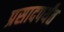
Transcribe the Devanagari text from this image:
प्रसादपर्यंत